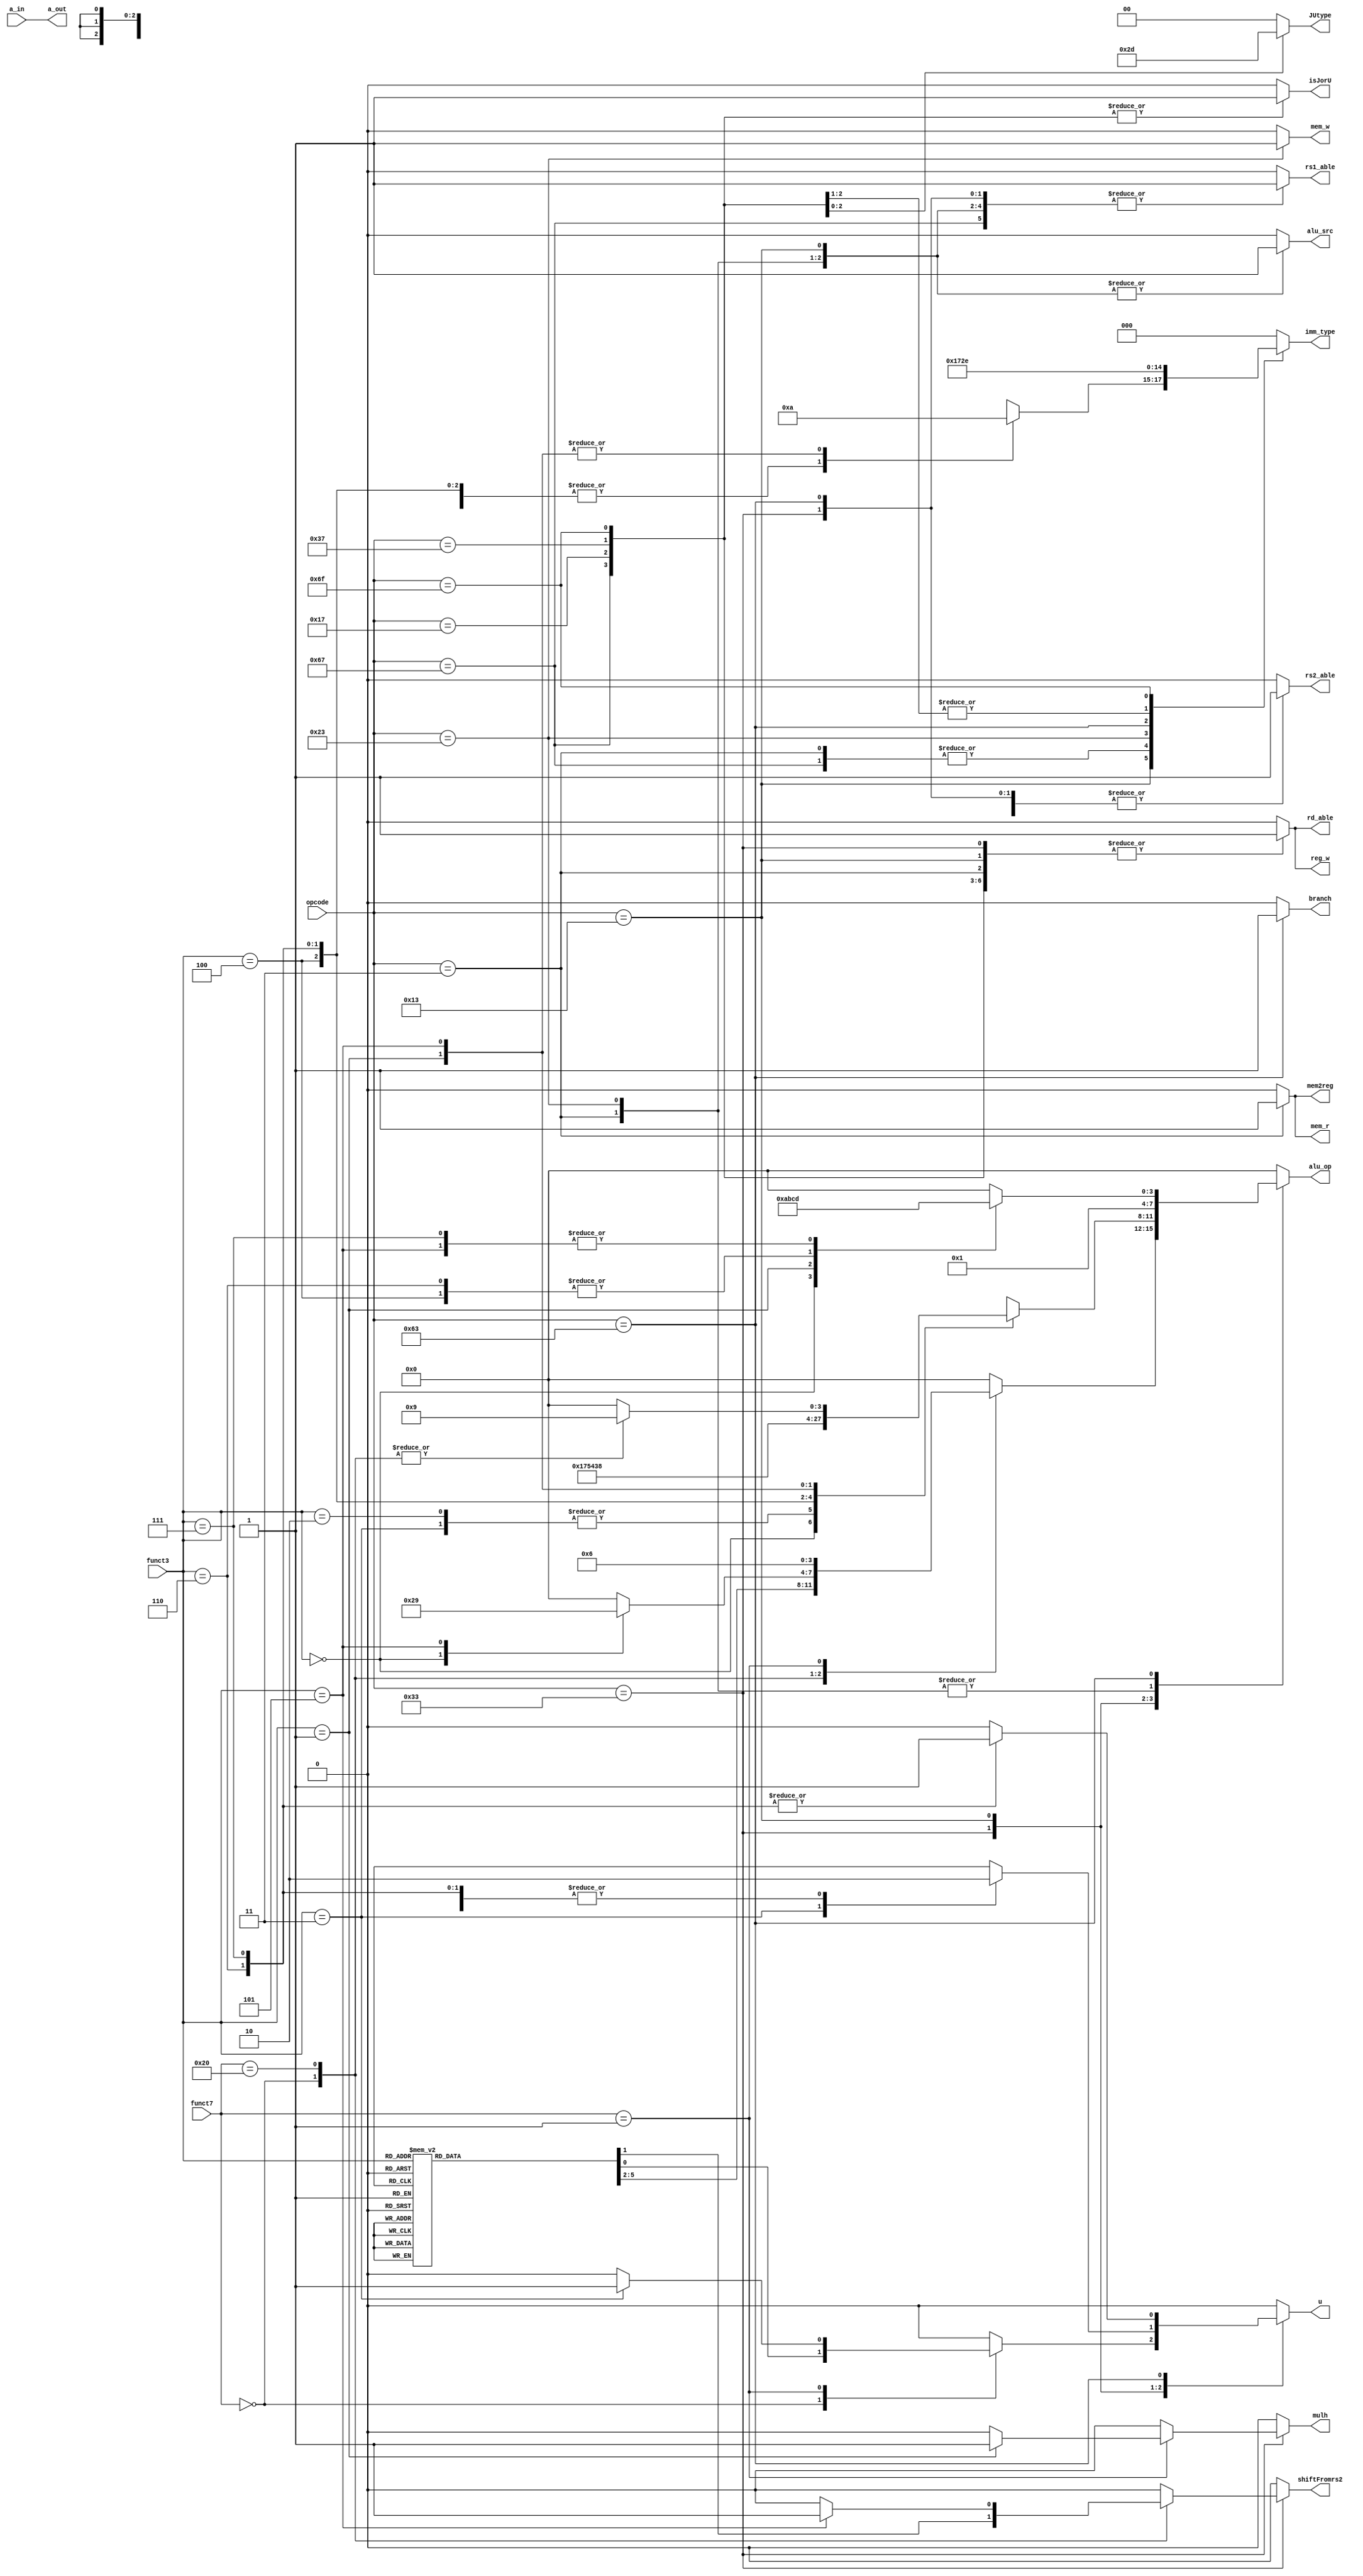
module CU(
    input [6:0]opcode,
    input [2:0]funct3,
    input [6:0]funct7,
    input a_in, //instr[30]
    output reg branch,
    output reg mem_r,
    output reg mem2reg,
    output reg [2:0]imm_type,
    output reg [1:0]JUtype,
    output reg [3:0]alu_op, 
    output reg mem_w,
    output reg alu_src,
    output reg rs1_able, rs2_able, rd_able,
    output reg reg_w,
    output reg u,a_out, mulh, isJorU,shiftFromrs2//,jalr//, plus_imm, 
    // u:unsigned; a_out:arithmetic->instr[30]
    //plus_imm: for jal; isJorU for writting rd
    //jalr: used in PC.v; mulh: used in ALU.v
);

parameter 
    op_add = 1, op_sub = 2, op_and = 3, op_or  = 4,  op_xor = 5, op_mul = 6,
    op_slt = 7, op_sll = 8, op_srl = 9, 
    op_beq = 10, op_bne = 11, op_blt = 12, op_bge = 13,
    is_jalr = 0, is_jal = 1, is_auipc = 2, is_lui = 3; 

initial begin
	mem_r = 0;
end
    
always @(*) begin
    branch = 0; mem_r = 0; mem2reg = 0; alu_op = 4'b0000; imm_type = 3'b000;
    mem_w = 0; alu_src = 0; reg_w = 0; 
    rs1_able = 0; rs2_able = 0; rd_able = 0; u = 0; a_out = a_in; //plus_imm = 0; jalr = 0;
    mulh = 0; isJorU = 0; JUtype = 2'b00; shiftFromrs2=0;//jalr = 0;
    case(opcode)
        7'b011_0011: // R-type
        begin
            reg_w = 1; rs1_able = 1; rs2_able = 1; rd_able = 1; alu_src = 0;
            case(funct7)
                7'b000_0000:
                begin
                    case (funct3)
                        3'b000: alu_op = op_add; //add
                        3'b001: begin //sll
                            shiftFromrs2=1;
                            alu_op = op_sll;
                        end 
                        3'b010: alu_op = op_slt; //slt
                        3'b011: begin//sltu (slt:7slt)
                            alu_op = op_slt;
                            u = 1;
                        end
                        3'b100: alu_op = op_xor; //xor
                        3'b101:begin //srl
                            alu_op = op_srl; 
                            shiftFromrs2 = 1;
                        end 
                        3'b110: alu_op = op_or; //or
                        3'b111: alu_op = op_and; //and
                        default: alu_op = 4'b0000;
                    endcase
                end

                7'b010_0000:
                begin
                    case(funct3)
                        3'b000: alu_op = op_sub; //sub:2sub
                        3'b101:begin//sra (-->srl:9)
                            alu_op = op_srl; 
                            shiftFromrs2 = 1;
                        end 
                        default: alu_op = 4'b0000;
                    endcase
                end

                7'b000_0001:
                begin
                    alu_op = op_mul; //mul:6
                    case (funct3)
                        //3'b000://mul
                        3'b001: mulh = 1;//mulh
                        3'b011: u = 1;//mulhu
                        default: alu_op = alu_op;
                    endcase
                end                
            endcase
        end

        7'b00000_11: // I-type --> load from mem
        begin
            mem_r = 1; mem2reg = 1; reg_w = 1; rs1_able = 1; rs2_able = 0; rd_able = 1;
            alu_src = 1; imm_type = 3'b001; alu_op = op_add; //add
        end

        7'b001_0011: //I-type -int
        begin    
            alu_src = 1; reg_w = 1; rs1_able = 1; rs2_able = 0; rd_able = 1; imm_type = 3'b001;
            case (funct3)
                3'b000:alu_op = op_add;//addi 1add
                3'b010:alu_op = op_slt;//slti slt7
                3'b011:begin//sltiu
                    alu_op = op_slt;
                    u = 1;
                end
                3'b100:alu_op = op_xor; //xori
                3'b110:alu_op = op_or;  //ori
                3'b111:alu_op = op_and; //andi
                3'b001:begin //slli
                    alu_op = op_sll; 
                    imm_type = 3'b010;
                end 
                3'b101:begin
                    imm_type = 3'b010;
                    case (funct7)
                        7'b000_0000:alu_op = op_srl;//srli
                        7'b01_00000:begin //srai
                            alu_op = op_srl;
                            //a = 1;
                        end
                        default: alu_op = alu_op;
                    endcase
                end

                default: alu_op = alu_op;
            endcase
        end

        7'b1100_111:begin //JALR (I-type)
            rs1_able = 1; rs2_able = 0; rd_able = 1; //jalr = 1;
            isJorU = 1; imm_type = 3'b001; reg_w = 1; JUtype = is_jalr;
            //alu_op = op_add; alu_src = 1; 
        end

        7'b01_00011: // S-type
        begin
            alu_op = op_add; mem_w = 1; alu_src = 1; imm_type = 3'b011;
            rs1_able = 1; rs2_able = 1; rd_able = 0; 
        end

        7'b11_00011:// B-type
        begin
            branch = 1; rs1_able = 1; rs2_able = 1; rd_able = 0; imm_type = 3'b100;
            case (funct3)
                3'b000:alu_op = op_beq; //beq
                3'b001:alu_op = op_bne; //bne
                3'b100:alu_op = op_blt; //blt
                3'b101:alu_op = op_bge; //bge
                3'b110://bltu
                        begin
                            alu_op = op_blt;
                            u = 1;
                        end
                3'b111://bgeu
                        begin
                            alu_op = op_bge;
                            u = 1;
                        end
                default: alu_op = alu_op;
            endcase  
        end

        7'b001_0111: //AUIPC
        begin 
            isJorU = 1; reg_w = 1; rd_able = 1; imm_type = 3'b101; JUtype = is_auipc;
        end

        7'b011_0111:// LUI
        begin 
            isJorU = 1; reg_w = 1; rd_able = 1; imm_type = 3'b101; JUtype = is_lui;
        end

        7'b110_1111:// JAL 
        begin
            reg_w = 1; rd_able = 1; isJorU = 1; imm_type = 3'b110; JUtype = is_jal; //plus_imm = 1;
        end
    endcase
end

endmodule